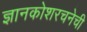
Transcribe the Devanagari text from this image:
ज्ञानकोशरचनेची